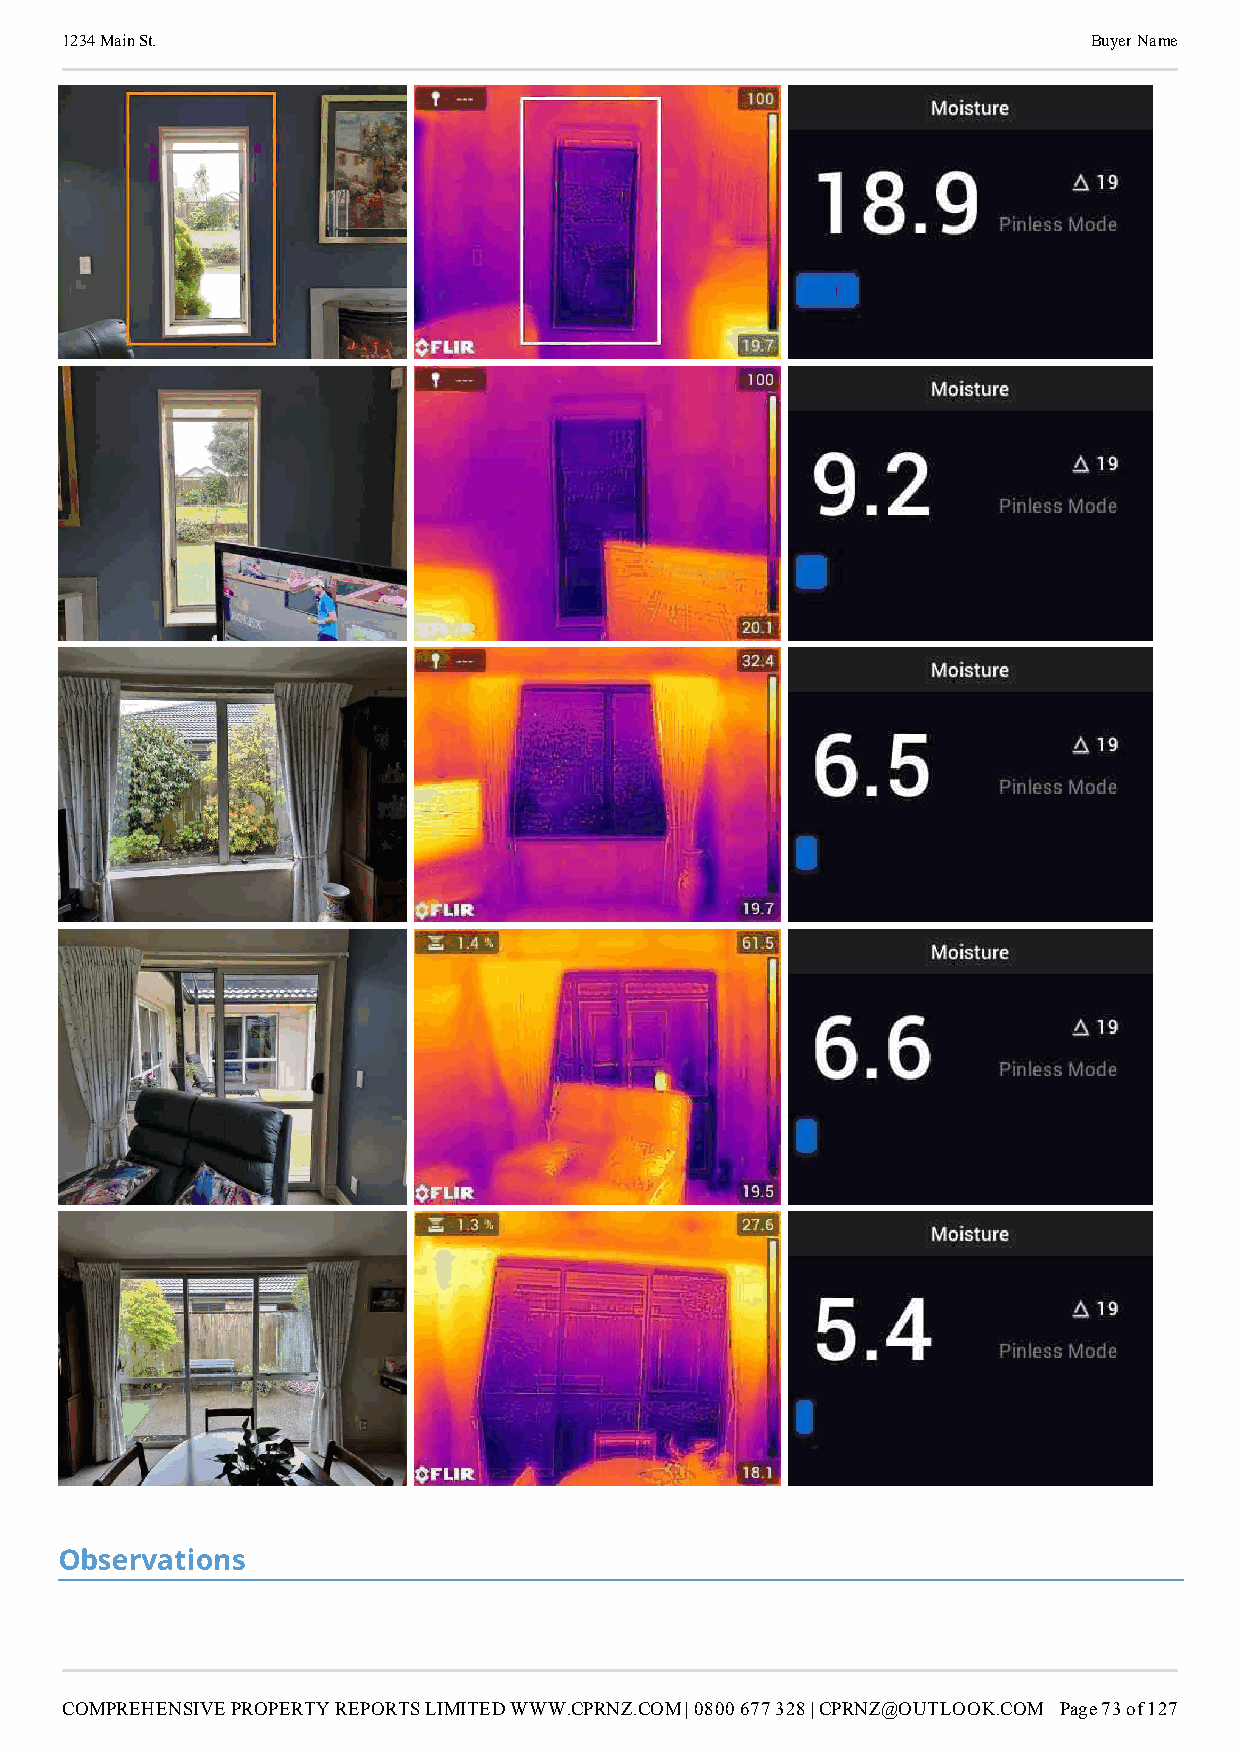
1234 Main St.                                                       Buyer Name
 Observations
 COMPREHENSIVE PROPERTY REPORTS LIMITED WWW.CPRNZ.COM | 0800 677 328 | CPRNZ@OUTLOOK.COM Page 73 of 127